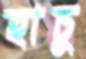
হাচু